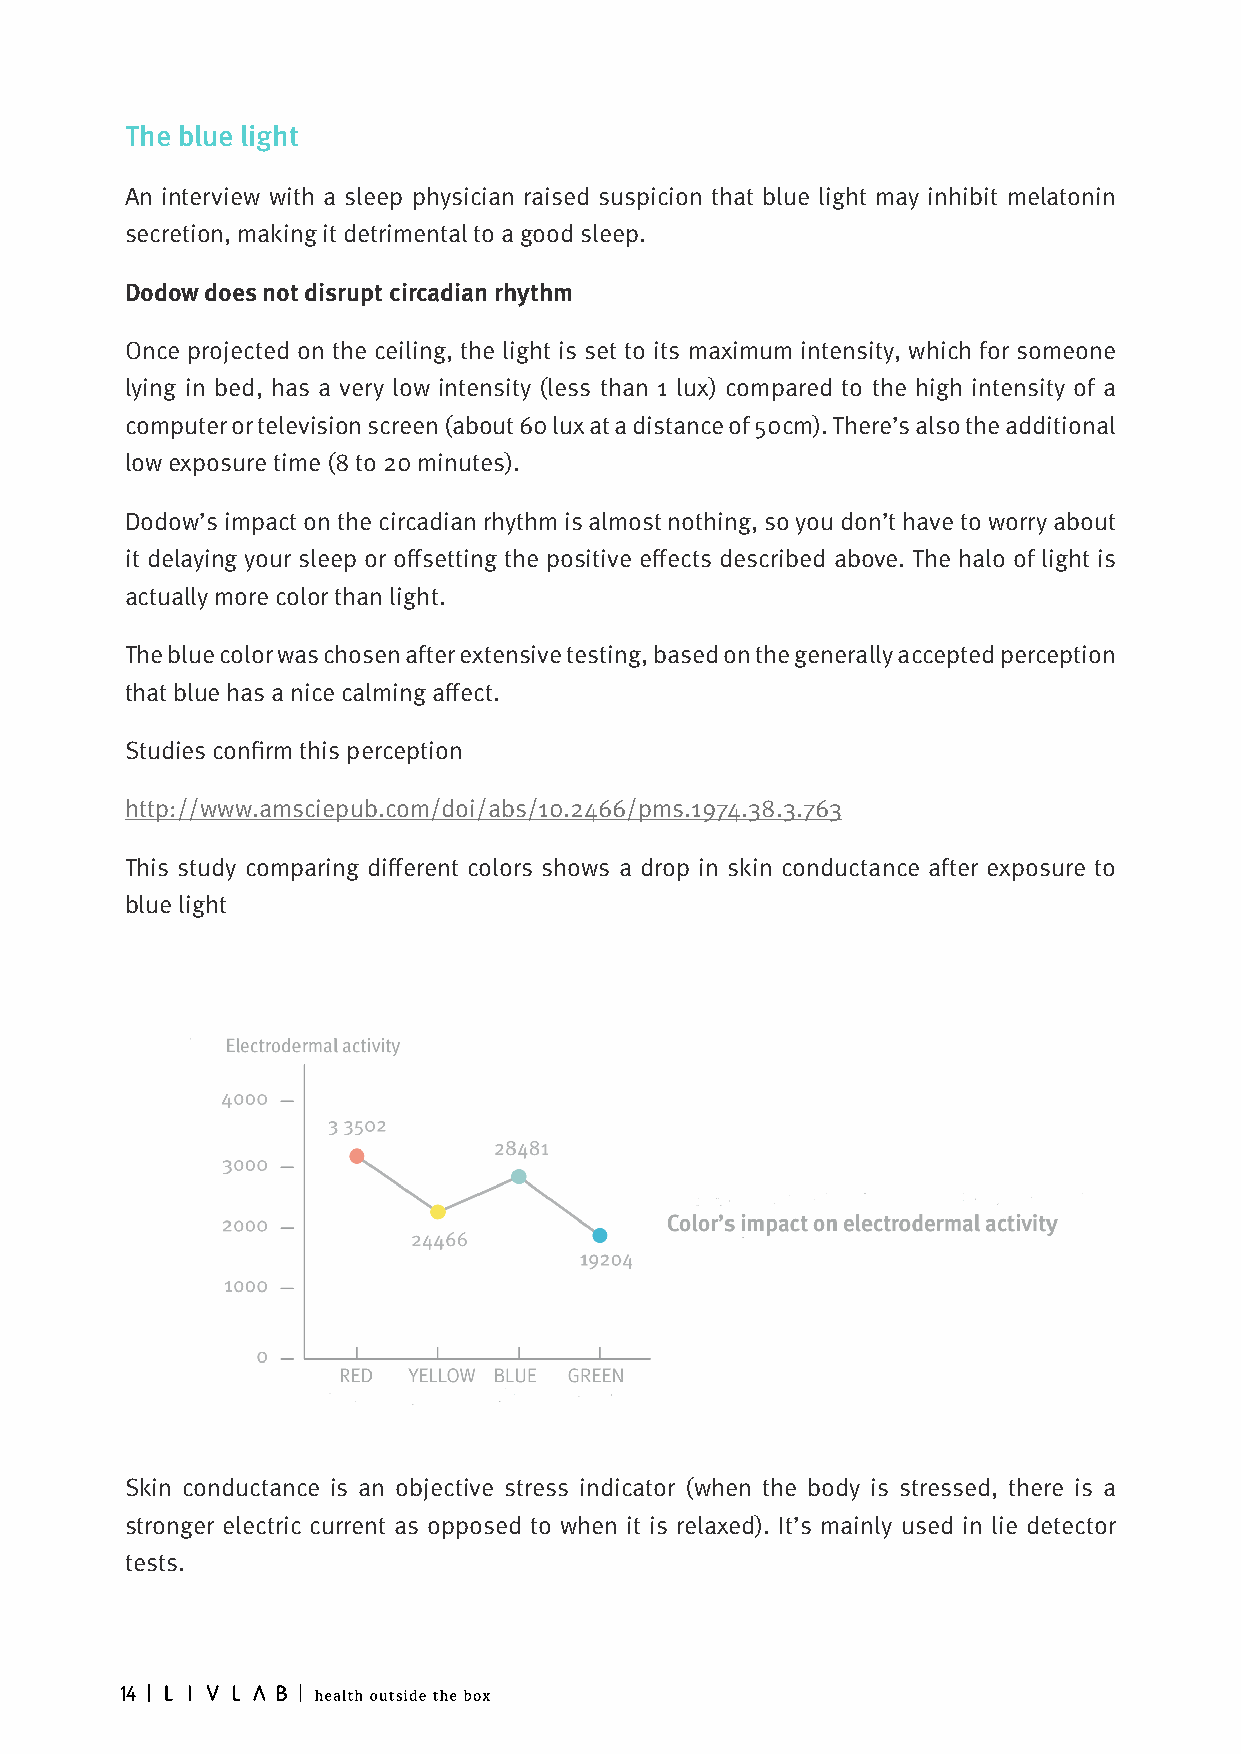
The blue light
 An interview with a sleep physician raised suspicion that blue light may inhibit melatonin
 secretion, making it detrimental to a good sleep.
 Dodow does not disrupt circadian rhythm
 Once projected on the ceiling, the light is set to its maximum intensity, which for someone
 lying in bed, has a very low intensity (less than 1 lux) compared to the high intensity of a
 computer or television screen (about 60 lux at a distance of 50cm). There’s also the additional
 low exposure time (8 to 20 minutes).
 Dodow’s impact on the circadian rhythm is almost nothing, so you don’t have to worry about
 it delaying your sleep or offsetting the positive effects described above. The halo of light is
 actually more color than light.
 The blue color was chosen after extensive testing, based on the generally accepted perception
 that blue has a nice calming affect.
 Studies confirm this perception
 http://www.amsciepub.com/doi/abs/10.2466/pms.1974.38.3.763
 This study comparing different colors shows a drop in skin conductance after exposure to
 blue light
 Skin conductance is an objective stress indicator (when the body is stressed, there is a
 stronger electric current as opposed to when it is relaxed). It’s mainly used in lie detector
 tests.
 14